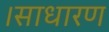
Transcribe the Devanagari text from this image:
।साधारण